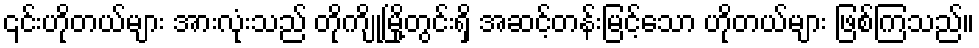
၎င်းဟိုတယ်များ အားလုံးသည် တိုကျိုမြို့တွင်းရှိ အဆင့်တန်းမြင့်သော ဟိုတယ်များ ဖြစ်ကြသည်။